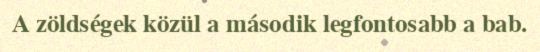
A zöldségek közül a második legfontosabb a bab.